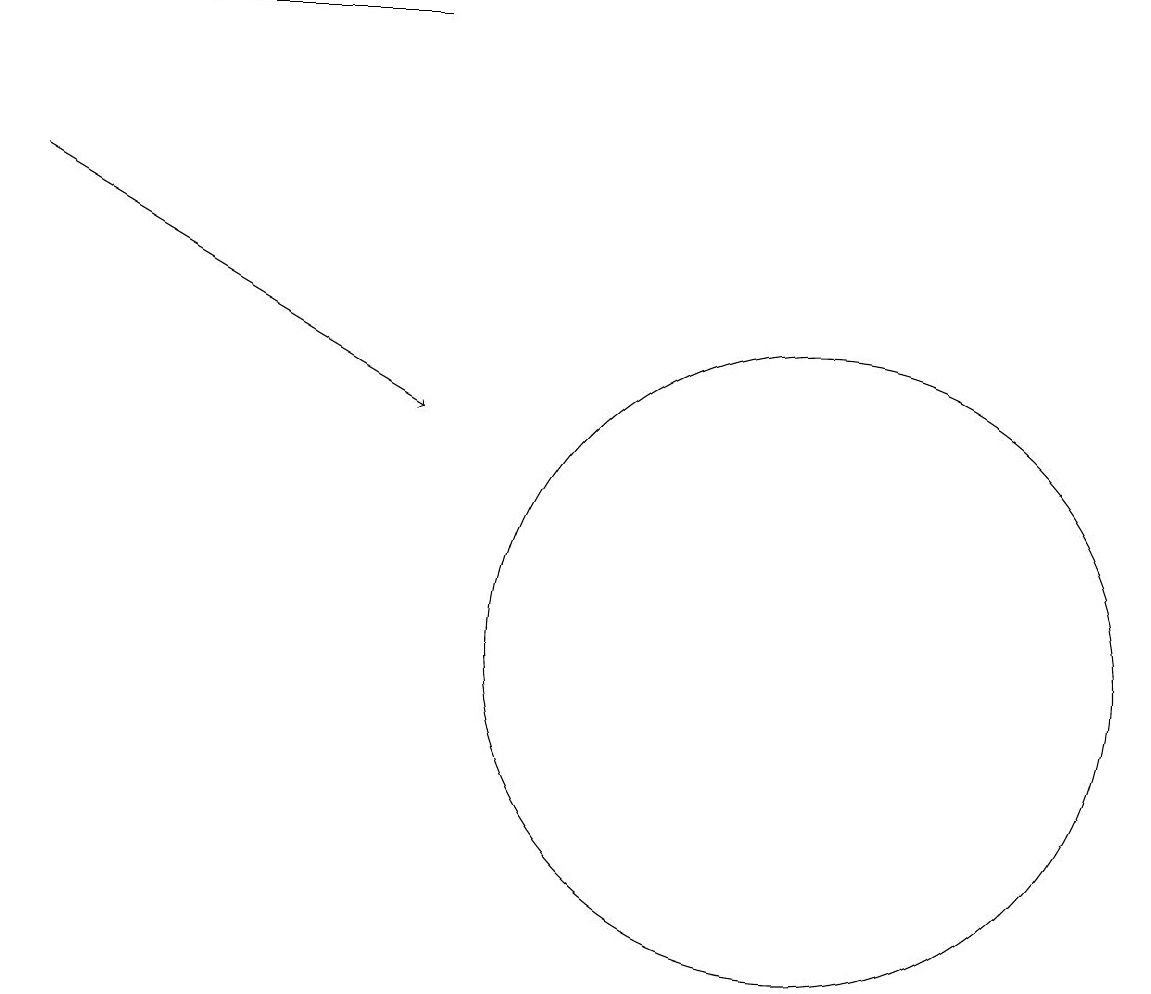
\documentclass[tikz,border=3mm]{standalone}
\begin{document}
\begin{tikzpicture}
\draw (3,18) rectangle (6,18);
\draw[->] (1,16) -- (6,13);
\draw (11,10) circle (4);
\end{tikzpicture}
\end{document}